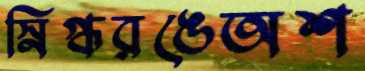
স্নিগ্ধরঙেঅশ